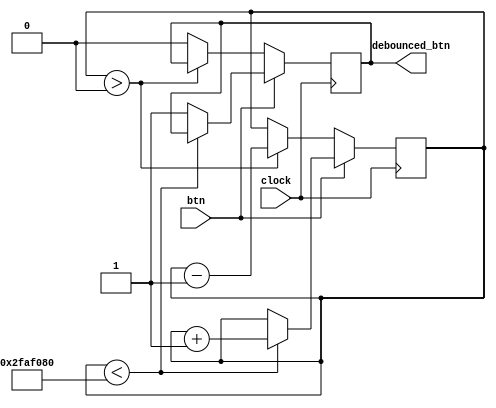
`timescale 1ns / 1ps
//////////////////////////////////////////////////////////////////////////////////
// Company: 
// Engineer: 
// 
// Design Name: 
// Module Name: debouncer
// Project Name: 
// Target Devices: 
// Tool Versions: 
// Description: 
// 
// Dependencies: 
// 
// Revision:
// Revision 0.01 - File Created
// Additional Comments:
// 
//////////////////////////////////////////////////////////////////////////////////


module debouncer(input clock, input btn, output reg debounced_btn);

parameter CNT_MAX = 50000000; // Counter maximum value
reg [31:0] cnt; // Counter

always @(posedge clock) begin
  if (btn == 1) begin // Button is pressed
    if (cnt < CNT_MAX) begin // Count until maximum
      cnt <= cnt + 1;
    end
    else begin // Button is stable
      debounced_btn <= 1;
    end
  end
  else begin // Button is not pressed
    if (cnt > 0) begin // Count until zero
      cnt <= cnt - 1;
    end
    else begin // Button is stable
      debounced_btn <= 0;
    end
  end
end

endmodule